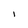
Character: 1